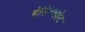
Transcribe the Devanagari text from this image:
बेसिंग्थवेट